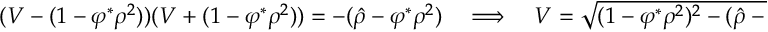
\begin{array} { r } { ( V - ( 1 - \varphi ^ { \ast } \rho ^ { 2 } ) ) ( V + ( 1 - \varphi ^ { \ast } \rho ^ { 2 } ) ) = - ( \hat { \rho } - \varphi ^ { \ast } \rho ^ { 2 } ) \quad \Longrightarrow \quad V = \sqrt { ( 1 - \varphi ^ { \ast } \rho ^ { 2 } ) ^ { 2 } - ( \hat { \rho } - \varphi ^ { \ast } \rho ^ { 2 } ) ^ { 2 } } \, . } \end{array}